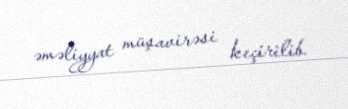
əməliyyat müşavirəsi keçirilib.